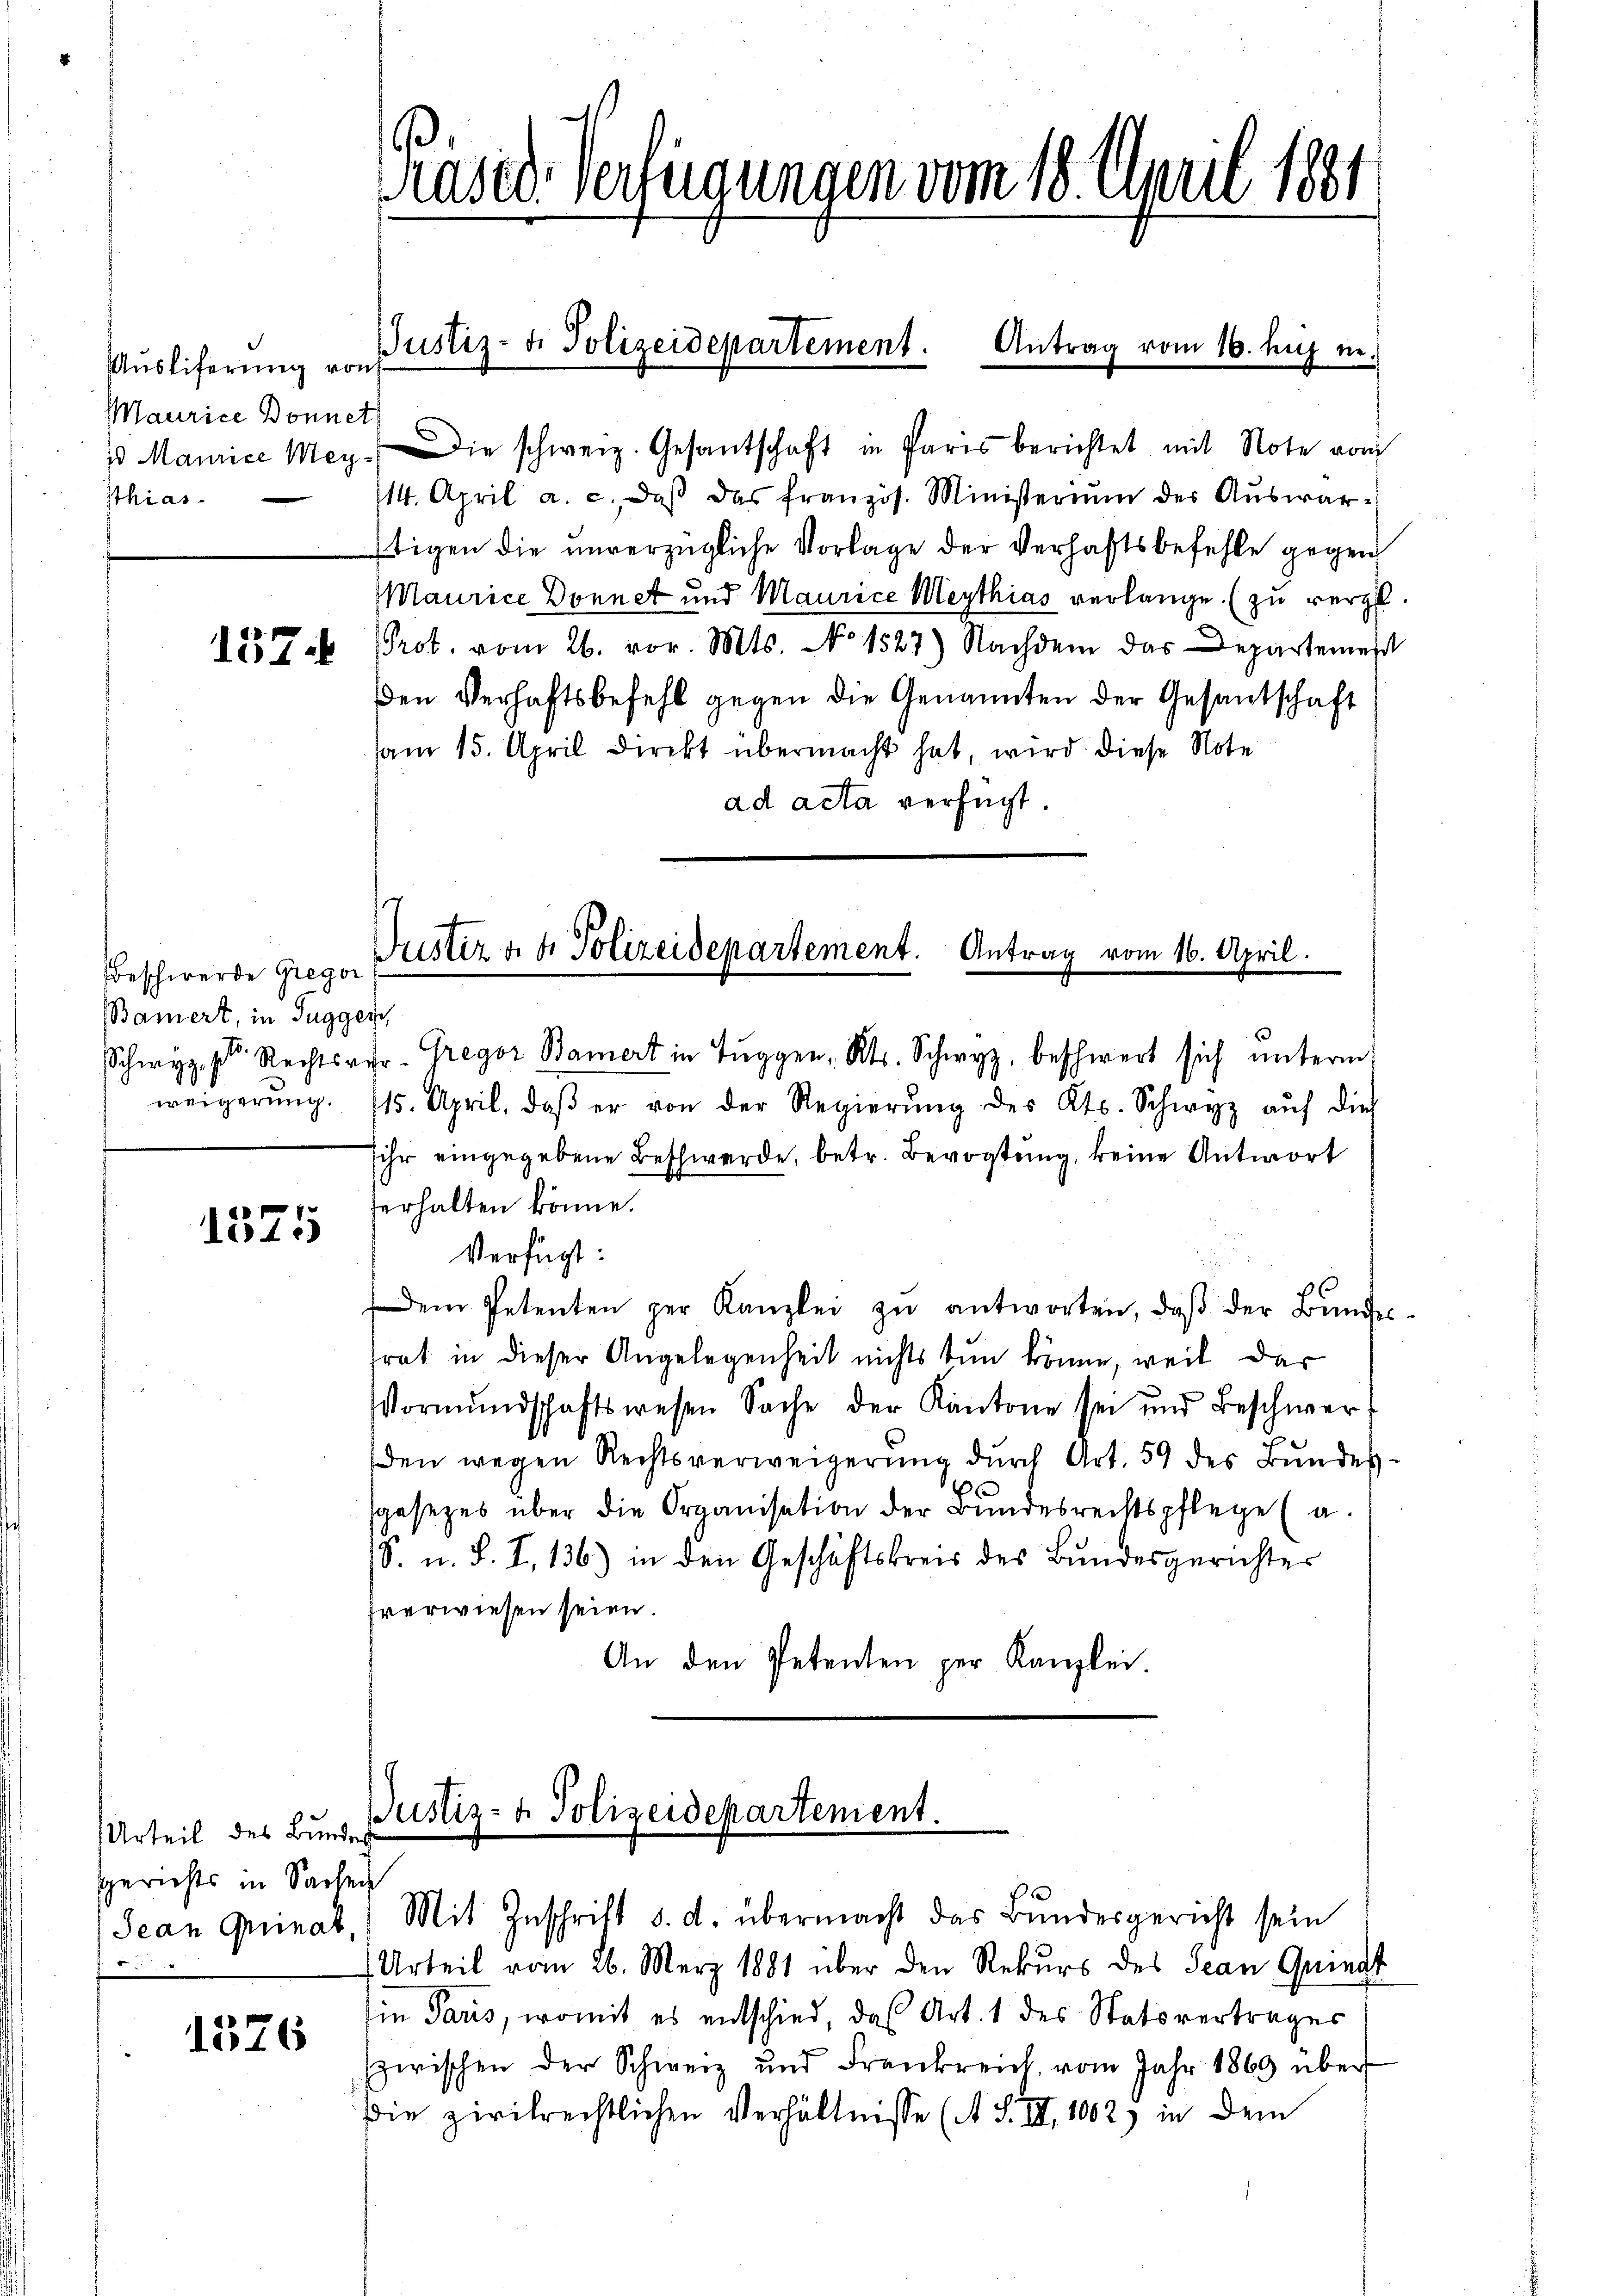
Ausliferung von
Maurice Donnet
thias.

157

Beschwerde Gregor
Baniert, in Tugger
weigerung.

P
1515

Urteil des Bundes
Gerichts in Sachen
Jean Quinat,

1326

ased Verfügungen vom 18. April 1881

Justiz- u. Polizeidepartement. Antrag vom 16. huj. in.

x Maurice Mey. Die schweiz. Gesantschaft in Paris berichtet mit Note von
114. April a. c. daβ das französ. Ministerium der Aŭswar-
tigen die unverzügliche Vorlage der Verhaftsbefehle gegen
Maurice Donnet und Maurice Meythias verlange. (zu vergl.
Prot. vom 26. vor. Mts. No 1527) Nachdem das Departement
den Verhaftsbefehl gegen die Genannten der Gesantschaft
am 15. April direkt übermacht hat, wird diese Note
ad acta verfügt:

Justiz a. g. Polizeidepartement. Antrag vom 16. April.

Justiz- & Polizeidepartement.

ge
Schwyz, 1. Rechtsver-Gregor Bauert in Tuggen, Kts. Schwyz, beschwert sich ŭnterm
15. April, daβ er von der Regierŭng des Kts. Schwyz aŭf dies
sihr eingegebene Beschwerde, betr. Bevogtung, keine Antwort
erhalten könne.
Verfügt:
Dem Petenten per Kanzlei zŭ antworten, daβ der Bŭndes-
trat in dieser Angelegenheit nichts tun könne, weil das
Vormŭndschaftswesen Sache der Kantone sei und Beschwer-
den wegen Rechtsverweigerŭng dŭrch Art. 59 des Bŭndes-
sgesezes über die Organisation der Bŭndesrechtspflege (a.
S. u. S. I, 136) in den Geschäftskreis des Bundesgerichter
hverwiesen seien.
An den Petenten per Kanzlei.

Mit Zuschrift d. d. übermacht das Bundesgericht sein
Urteil vom 26. März 1881 über den Rekurs des Jean Quingt
in Paris, womit es entschied, das Art. 1 des Statsvertrages
zwischen der Schweiz und Frankreich, vom Jahr 1869 über
die zivilrechtlichen Verhältnisse (A. S. III 1002) in dem